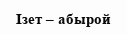
Ізет – абырой